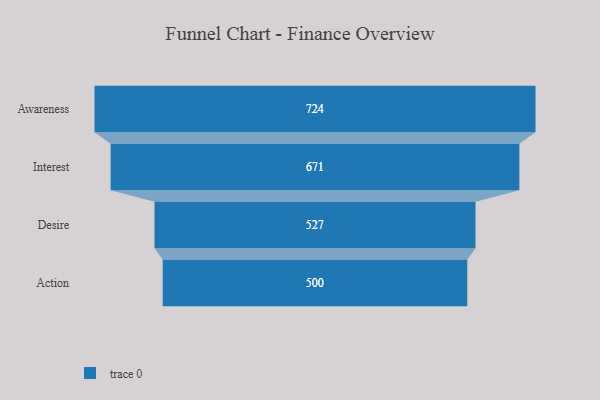
{"axis": {"x": "Stage", "y": "Value"}, "legend": [""], "data": [{"x": "Awareness", "y": 724.0, "type": ""}, {"x": "Interest", "y": 671.0, "type": ""}, {"x": "Desire", "y": 527.0, "type": ""}, {"x": "Action", "y": 500, "type": ""}]}